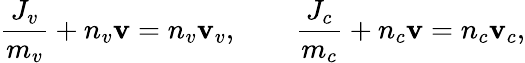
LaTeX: \frac{J_{v}}{m_{v}}+n_{v}\mathbf{v}=n_{v}\mathbf{v}_{v},\qquad\frac{J_{c}}{m_{c}}+n_{c}\mathbf{v}=n_{c}\mathbf{v}_{c},